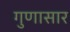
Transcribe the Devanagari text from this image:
गुणासार